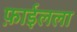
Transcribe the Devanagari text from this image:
फ़ाईलला